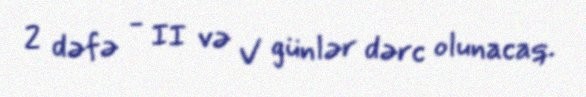
2 dəfə - II və V günlər dərc olunacaq.